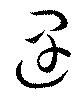
遇